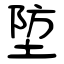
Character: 埅